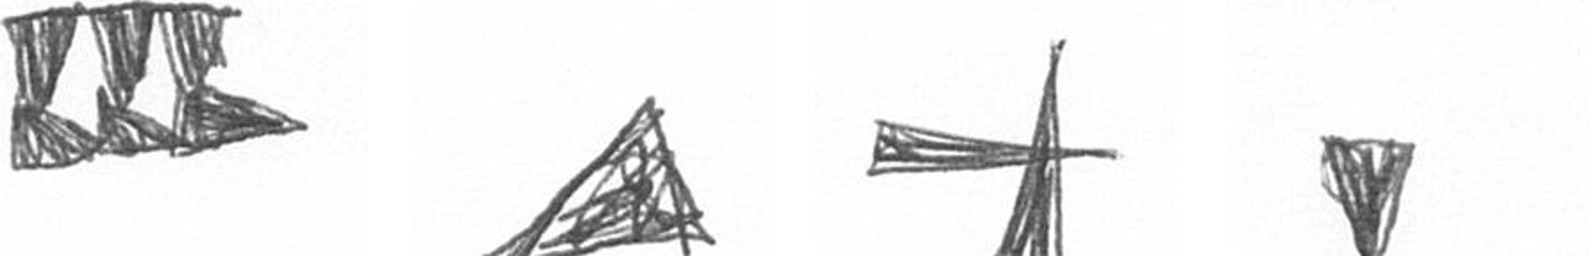
D O G J